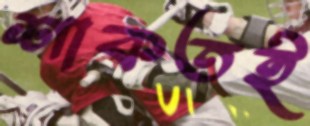
শাকতই